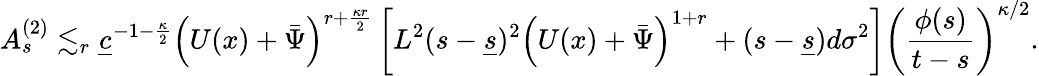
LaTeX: A_{s}^{(2)}\lesssim_{r}\underline{{c}}^{-1-\frac{\kappa}{2}}\left(U(x)+\bar{\Psi}\right)^{r+\frac{\kappa r}{2}}\left[L^{2}(s-\underline{{s}})^{2}\left(U(x)+\bar{\Psi}\right)^{1+r}+(s-\underline{{s}})d\sigma^{2}\right]\left(\frac{\phi(s)}{t-s}\right)^{\kappa/2}.